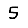
Digit: 5